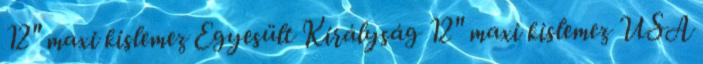
12" maxi kislemez Egyesült Királyság 12" maxi kislemez USA